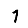
Digit: 1